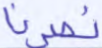
نصرنا